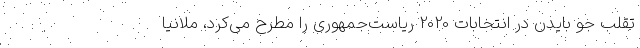
تقلب جو بایدن در انتخابات 2020 ریاست‌جمهوری را مطرح می‌کرد، ملانیا